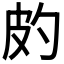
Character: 𤿉